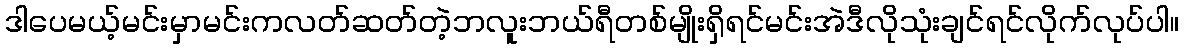
ဒါပေမယ့်မင်းမှာမင်းကလတ်ဆတ်တဲ့ဘလူးဘယ်ရီတစ်မျိုးရှိရင်မင်းအဲဒီလိုသုံးချင်ရင်လိုက်လုပ်ပါ။